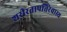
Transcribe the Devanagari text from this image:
शरीरतापत्तिरेवास्य